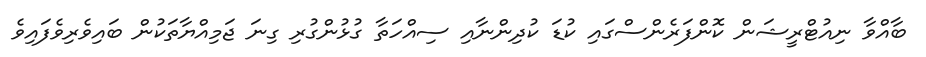
ބާއްވާ ނިއުޓްރީޝަން ކޮންފަރެންސްގައި ކުޑަ ކުދިންނާއި ސިއްހަތާ ގުޅުންގުރި ގިނަ ޖަމިއްޔާތަކުން ބައިވެރިވެފައިވެ